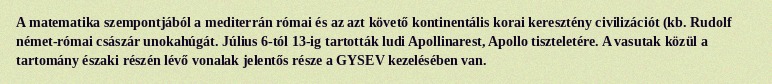
A matematika szempontjából a mediterrán római és az azt követő kontinentális korai keresztény civilizációt (kb. Rudolf német-római császár unokahúgát. Július 6-tól 13-ig tartották ludi Apollinarest, Apollo tiszteletére. A vasutak közül a tartomány északi részén lévő vonalak jelentős része a GYSEV kezelésében van.